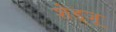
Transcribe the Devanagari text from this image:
शेड्जू